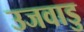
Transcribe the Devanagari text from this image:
उजवाडु